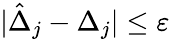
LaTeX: |\hat{\Delta}_{j}-\Delta_{j}|\leq\varepsilon